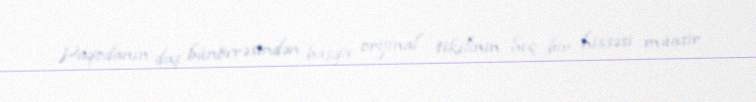
Paqodanın daş bünövrəsindən başqa orijinal tikilinin heç bir hissəsi müasir